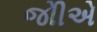
જોીએ